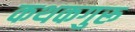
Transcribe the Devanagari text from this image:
कथकगुरू